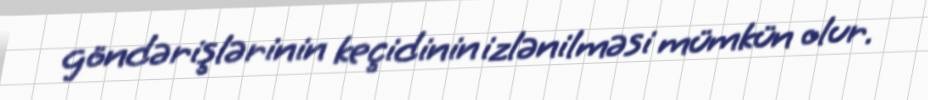
göndərişlərinin keçidinin izlənilməsi mümkün olur.